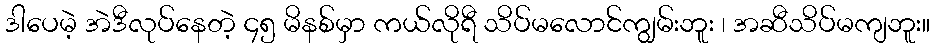
ဒါပေမဲ့ အဲဒီလုပ်နေတဲ့ ၄၅ မိနစ်မှာ ကယ်လိုရီ သိပ်မလောင်ကျွမ်းဘူး ၊ အဆီသိပ်မကျဘူး။